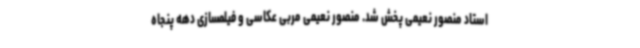
استاد منصور نعیمی پخش شد. منصور نعیمی مربی عکاسی و فیلمسازی دهه پنجاه